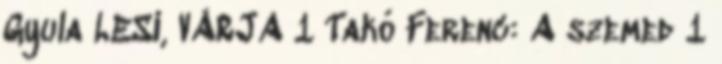
Gyula LESI, VÁRJA 1 Takó Ferenc: A szemed 1